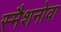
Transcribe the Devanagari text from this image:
स्मैशनोवा